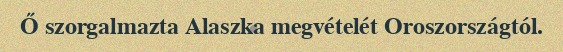
Ő szorgalmazta Alaszka megvételét Oroszországtól.